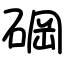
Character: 碙